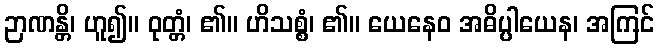
ဉာဏန္တိ၊ ဟူ၍။ ဝုတ္တံ၊ ၏။ ဟိသစ္စံ၊ ၏။ ယေနေဝ အဓိပ္ပါယေန၊ အကြင်